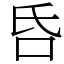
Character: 𠯑